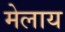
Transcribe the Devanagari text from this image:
मेलाय